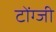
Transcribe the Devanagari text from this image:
टोंग्जी